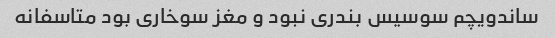
ساندویچم سوسیس بندری نبود و مغز سوخاری بود متاسفانه